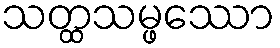
သတ္ထသမ္ဖဿော